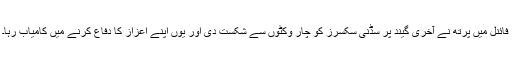
فائنل میں پرتھ نے آخری گیند پر سڈنی سکسرز کو چار وکٹوں سے شکست دی اور یوں اپنے اعزاز کا دفاع کرنے میں کامیاب رہا۔